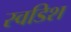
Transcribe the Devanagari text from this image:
स्वडिश